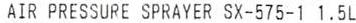
AIR PRESSURE SPRAYER SX-575-1 1.5L